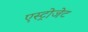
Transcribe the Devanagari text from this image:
एस्‍ट्रोजेट